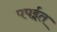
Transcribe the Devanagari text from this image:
पपईत